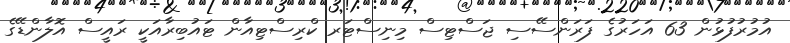
އުމުރުފުޅުން 63 އަހަރުގެ ފަރަންސޭސި ޖަސްޓިސް މިނިސްޓަރ ކްރިސްޓިއާން ޓައުބިރާއަކީ ރައީސް އޮލާންޑޭގެ